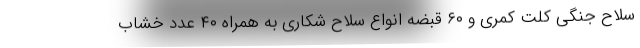
سلاح جنگی کلت کمری و ۶۰ قبضه انواع سلاح شکاری به همراه ۴۰ عدد خشاب